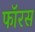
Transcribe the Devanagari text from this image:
फॉरस